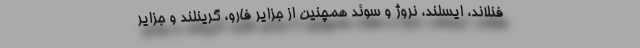
فنلاند، ایسلند، نروژ و سوئد همچنین از جزایر فارو، گرینلند و جزایر